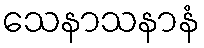
သေနာသနာနံ